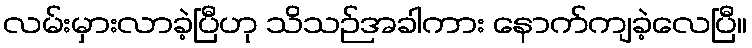
လမ်းမှားလာခဲ့ပြီဟု သိသဉ်အခါကား နောက်ကျခဲ့လေပြီ။